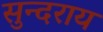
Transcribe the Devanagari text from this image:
सुन्दराय